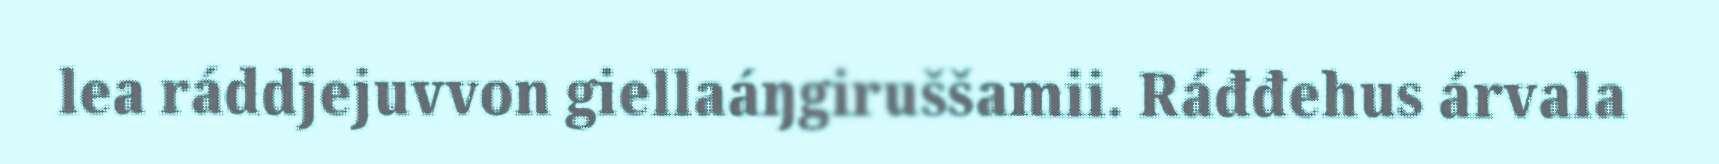
lea ráddjejuvvon giellaáŋgiruššamii. Ráđđehus árvala